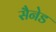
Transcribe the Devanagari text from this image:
सैनेड